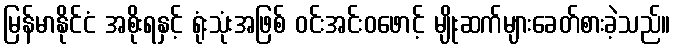
မြန်မာနိုင်ငံ အစိုးရနှင့် ရုံးသုံးအဖြစ် ဝင်းအင်းဝဖောင့် မျိုးဆက်များခေတ်စားခဲ့သည်။